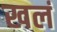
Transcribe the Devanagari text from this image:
खलं